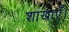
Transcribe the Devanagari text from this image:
शाखाएँ।